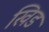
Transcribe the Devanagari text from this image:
खिड